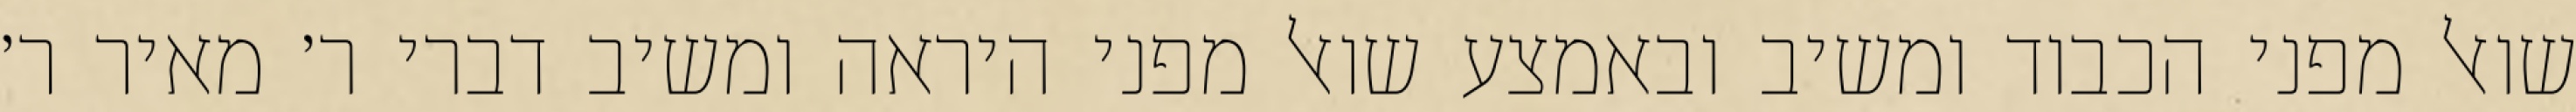
שואל מפני הכבוד ומשיב ובאמצע שואל מפני היראה ומשיב דברי ר׳ מאיר ר׳